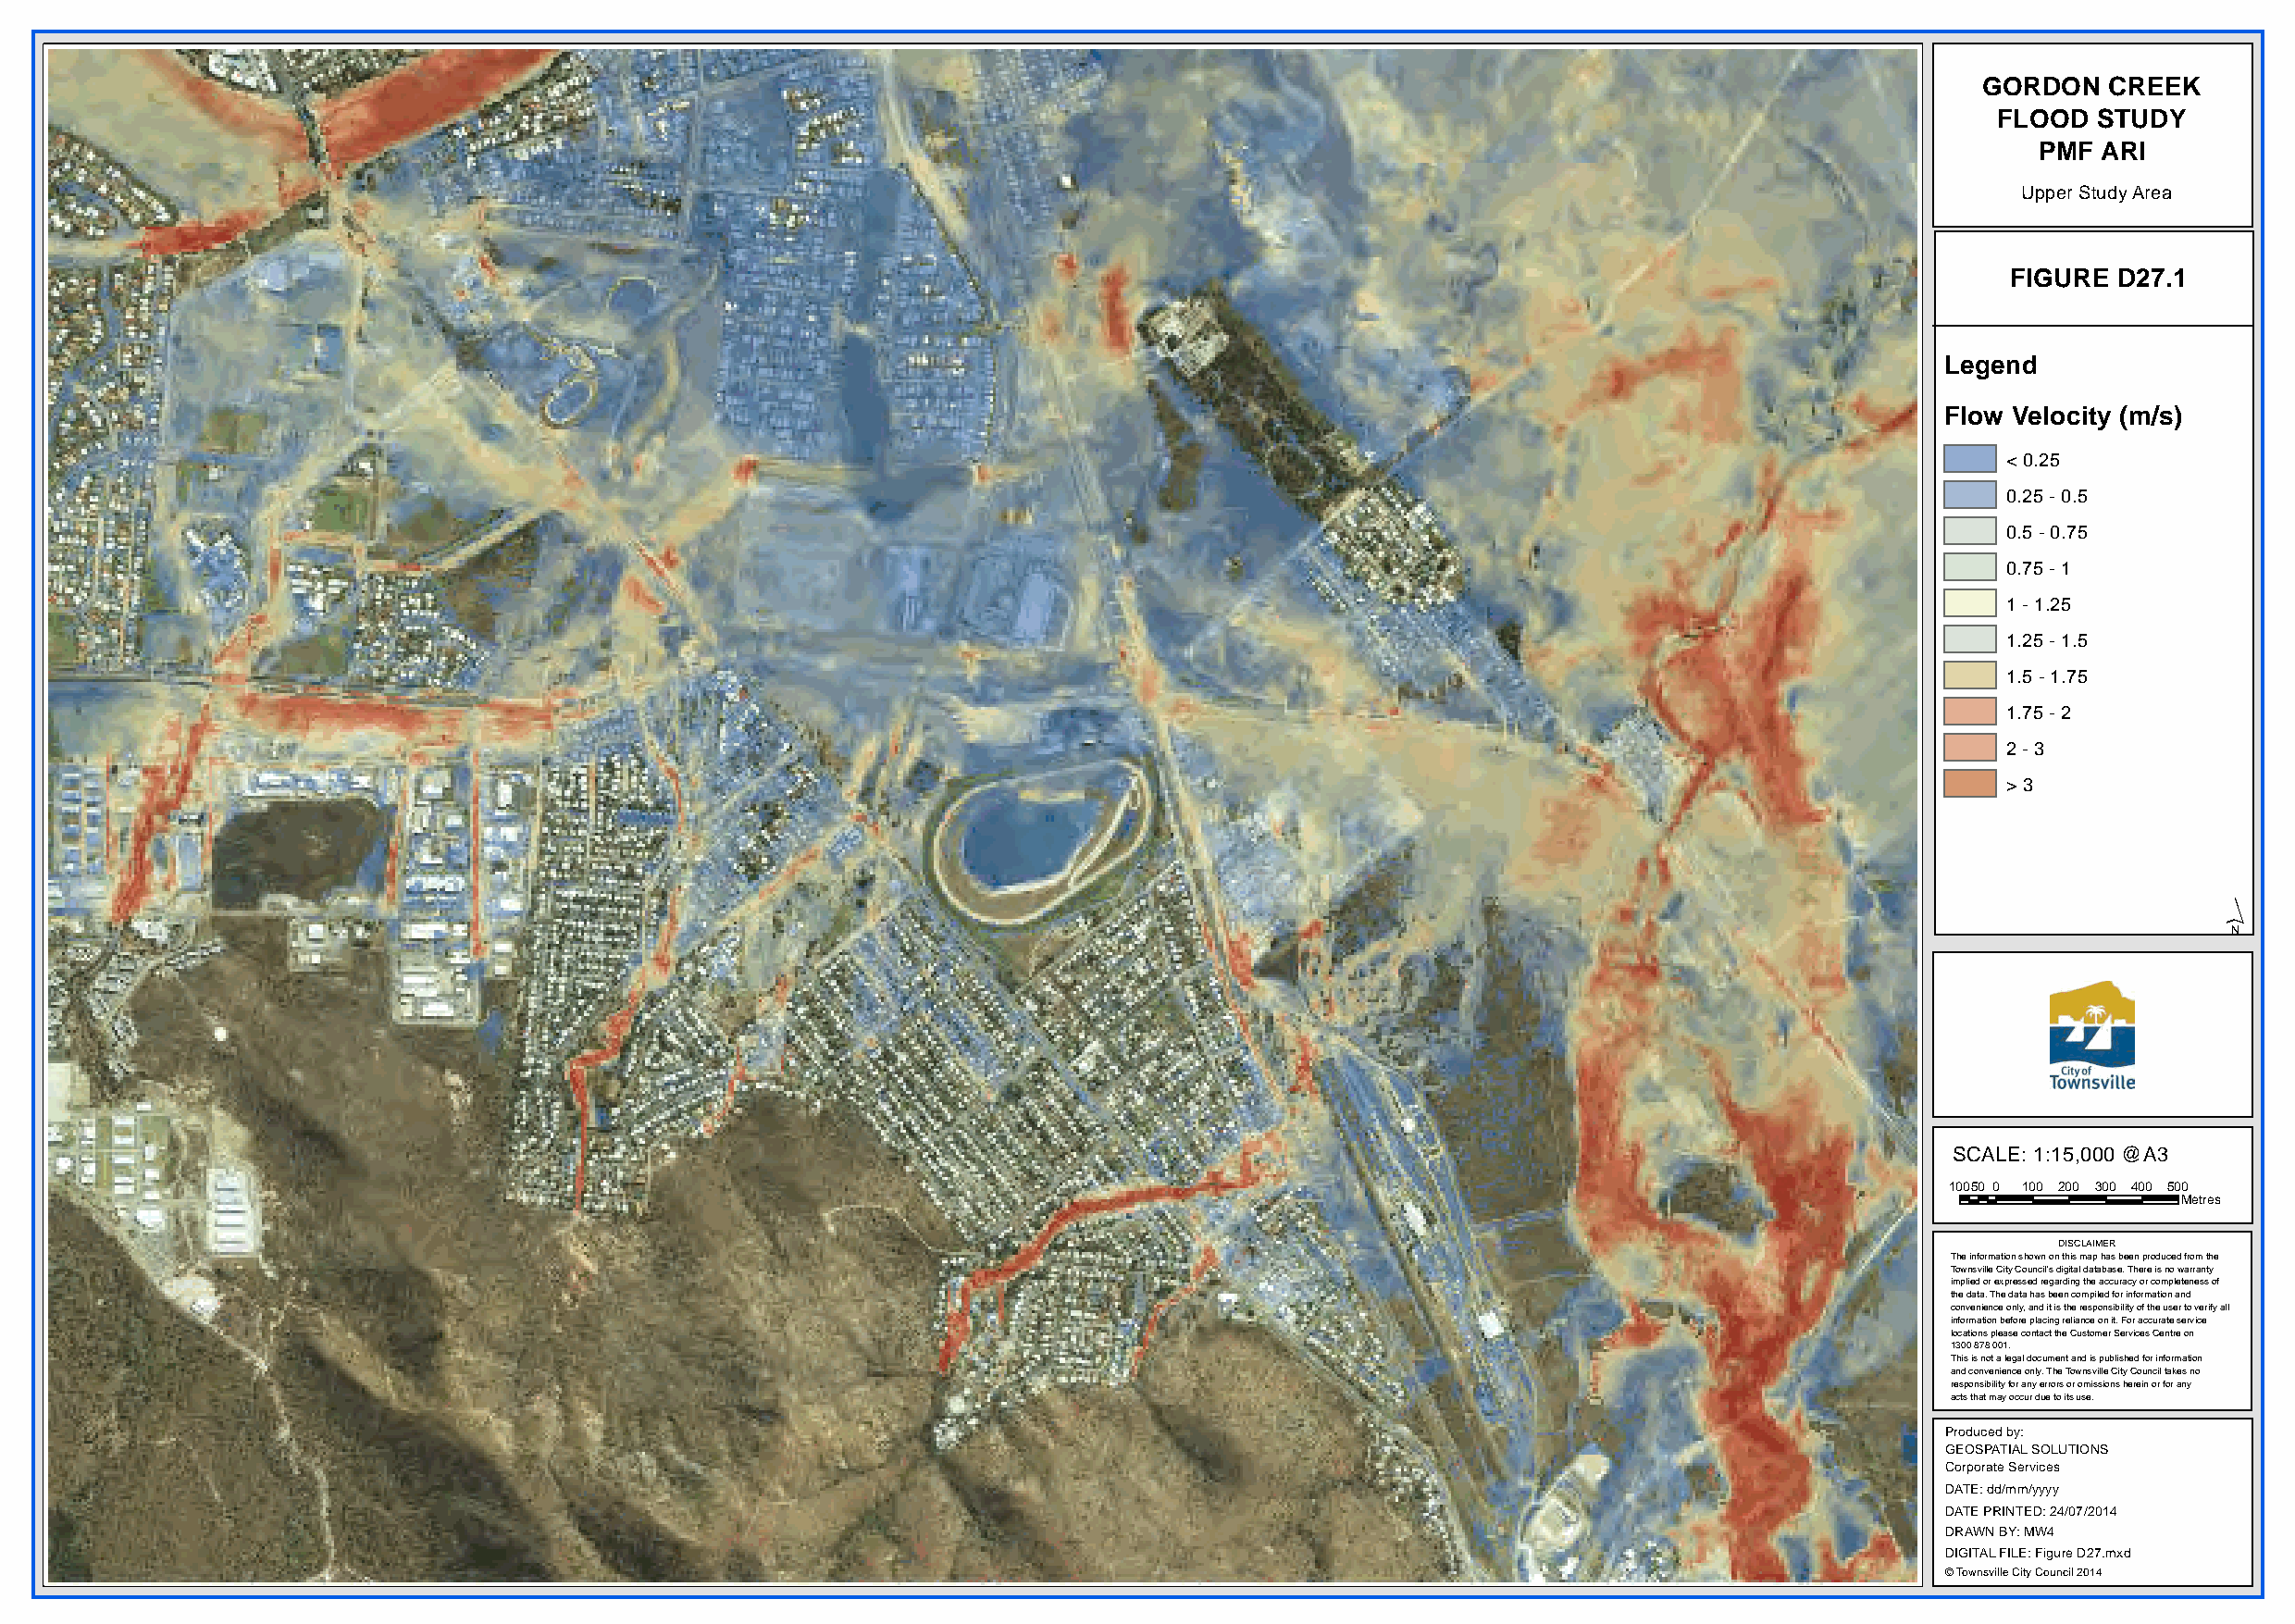
GORDON   CREEK
 FLOOD  STUDY
 PMF ARI
 Upper Study Area
 FIGURE D27.1
 Legend
 Flow Velocity (m/s)
 < 0.25
 0.25 - 0.5
 0.5 - 0.75
 0.75 - 1
 1 - 1.25
 1.25 - 1.5
 1.5 - 1.75
 1.75 - 2
 2 - 3
 > 3
 ´
 SCALE: 1:15,000 @A3
 10050 0 100 200 300 400 500
 Metres
 DISCLAIMER
 The information shown on this map has been produced from the
 Townsville City Council's digital database. There is no warranty
 implied or expressed regarding the accuracy or completeness of
 the data. The data has been compiled for information and
 convenience only, and it is the responsibility of the user to verify all
 information before placing reliance on it. For accurate service
 locations please contact the Customer Services Centre on
 1300 878 001.
 This is not a legal document and is published for information
 and convenience only. The Townsville City Council takes no
 responsibility for any errors or omissions herein or for any
 acts that may occur due to its use.
 Produced by:
 GEOSPATIAL SOLUTIONS
 Corporate Services
 DATE: dd/mm/yyyy
 DATE PRINTED: 24/07/2014
 DRAWN BY: MW4
 DIGITAL FILE: Figure D27.mxd
 © Townsville City Council 2014